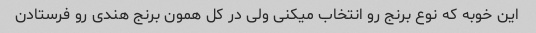
این خوبه که نوع برنج رو انتخاب میکنی ولی در کل همون برنج هندی رو فرستادن